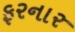
ફરનાર